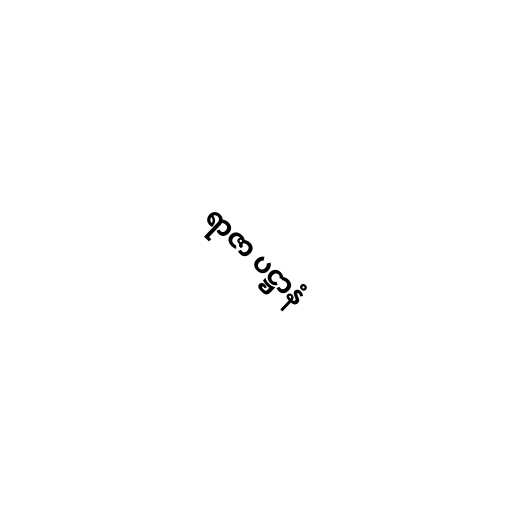
ရာဇာ ပဋ္ဌာနံ